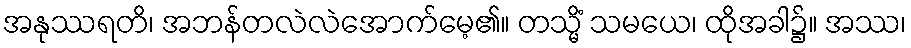
အနုဿရတိ၊ အဘန်တလဲလဲအောက်မေ့၏။ တသ္မိံ သမယေ၊ ထိုအခါ၌။ အဿ၊